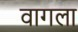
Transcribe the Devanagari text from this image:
वागला